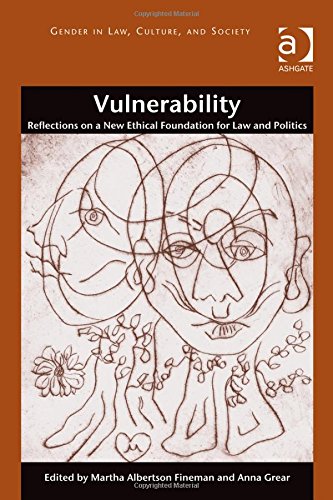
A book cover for Vulnerability: Reflections on a New Ethical Foundation for Law and Politics (Gender in Law, Culture, and Society); Martha A. Fineman; Law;